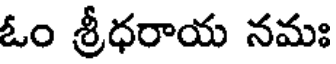
ఓం శ్రీధరాయ నమః